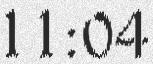
11:04